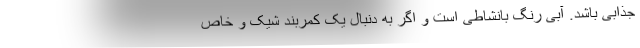
جذابی باشد. آبی رنگ بانشاطی است و اگر به دنبال یک کمربند شیک و خاص